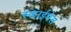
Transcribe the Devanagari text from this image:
स्काईमेल